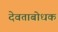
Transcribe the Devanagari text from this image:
देवताबोधक